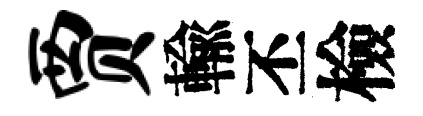
贾輸丕檢